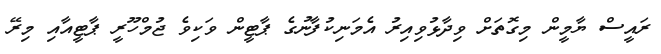
ރައީސް ޔާމީން މިގޮތަށް ވިދާޅުވިއިރު އެމަނިކުފާނުގެ ޕާޓީން ވަކިވެ ޖުމްހޫރީ ޕާޓީއާއި މިރޭ